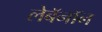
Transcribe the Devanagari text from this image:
लेबॅनॉन